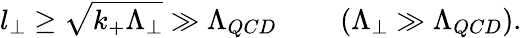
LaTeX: l_{\perp}\geq\sqrt{k_{+}\Lambda_{\perp}}\gg\Lambda_{QCD}~~~~~~~~~(\Lambda_{\perp}\gg\Lambda_{QCD}).